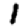
Digit: 1